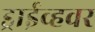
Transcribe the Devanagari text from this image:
ड्राईव्हवर